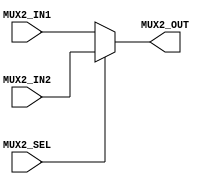
module MUX (MUX2_IN1, MUX2_IN2, MUX2_SEL, MUX2_OUT);
    
    parameter LENGTH = 1;
    input MUX2_SEL;
    input [LENGTH-1:0] MUX2_IN1, MUX2_IN2;
    output [LENGTH-1:0] MUX2_OUT;

    assign MUX2_OUT = (MUX2_SEL == 0) ? MUX2_IN1 : MUX2_IN2;

endmodule